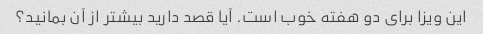
این ویزا برای دو هفته خوب است. آیا قصد دارید بیشتر از آن بمانید؟